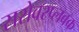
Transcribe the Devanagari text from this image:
सरोवरप्लवक